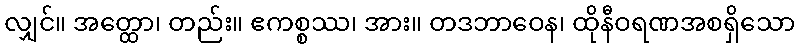
လျှင်။ အတ္ထော၊ တည်း။ ဧကစ္စဿ၊ အား။ တဒဘာဝေန၊ ထိုနီဝရဏအစရှိသော